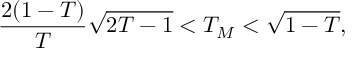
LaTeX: \frac { 2 ( 1 - T ) } { T } \sqrt { 2 T - 1 } < T _ { M } < \sqrt { 1 - T } ,